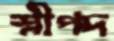
শ্লীপদ